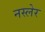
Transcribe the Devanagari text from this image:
नस्लेर